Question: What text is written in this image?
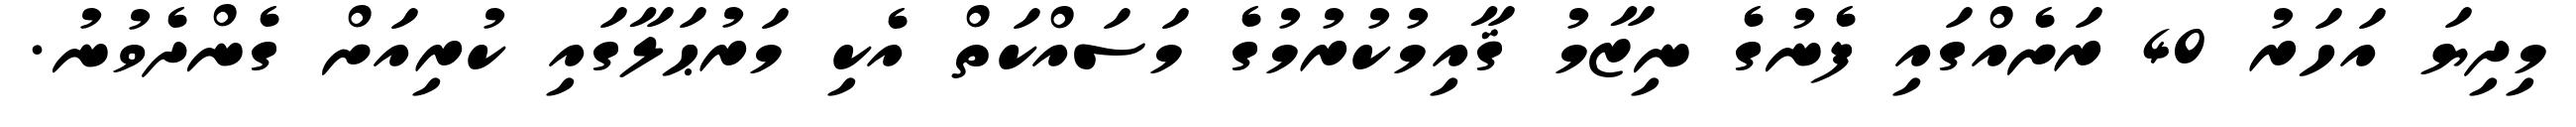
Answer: މިދިޔަ އަހަރު 40 ރަށެއްގައި ފެނުގެ ނިޒާމު ޤާއިމުކުރުމުގެ މަސައްކަތް އެކި މަރުޙަލާގައި ކުރިއަށް ގެންދެވުނު.